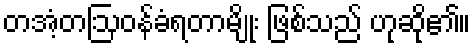
တအံ့တဩဝန်ခံရတာမျိုး ဖြစ်သည် ဟုဆို၏။